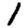
Digit: 1